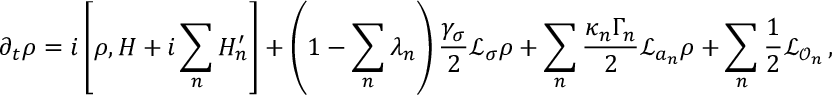
\partial _ { t } \rho = i \left[ \rho , H + i \sum _ { n } H _ { n } ^ { \prime } \right] + \left( 1 - \sum _ { n } \lambda _ { n } \right) \frac { \gamma _ { \sigma } } { 2 } \mathcal { L } _ { \sigma } \rho + \sum _ { n } \frac { \kappa _ { n } \Gamma _ { n } } { 2 } \mathcal { L } _ { a _ { n } } \rho + \sum _ { n } \frac { 1 } { 2 } \mathcal { L } _ { \mathcal { O } _ { n } } \, ,